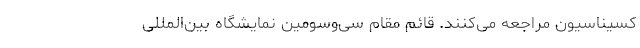
کسیناسیون مراجعه می‌کنند. قائم مقام سی‌وسومین نمایشگاه بین‌المللی